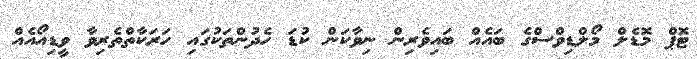
ޓޮޕް މޮޑެލް މޯލްޑިވްސްގެ ބައެއް ބައިވެރިން ނިވާކަން ކުޑަ ހެދުންތަކުގައި ހަރަކާތްތެރިވާ ވީޑިއޯއެއް